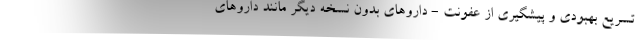
تسریع بهبودی و پیشگیری از عفونت - داروهای بدون نسخه دیگر مانند داروهای